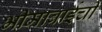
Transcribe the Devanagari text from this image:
भीमाबाईची